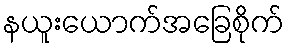
နယူးယောက်အခြေစိုက်